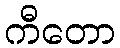
ကီတော